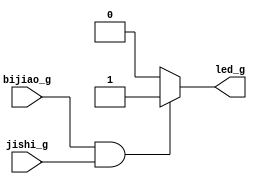
`timescale 1ns / 1ps
//////////////////////////////////////////////////////////////////////////////////
// Company: 
// Engineer: 
// 
// Design Name: 
// Module Name: check_g
// Project Name: 
// Target Devices: 
// Tool Versions: 
// Description: 
// 
// Dependencies: 
// 
// Revision:
// Revision 0.01 - File Created
// Additional Comments:
// 
//////////////////////////////////////////////////////////////////////////////////


module check_g(input bijiao_g, jishi_g,
               output reg led_g);
initial
begin
    led_g = 0;
end

always@(*)
begin
    if(bijiao_g && jishi_g) led_g = 1;
    else led_g = 0;
end
endmodule